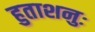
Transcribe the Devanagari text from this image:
हुताशनुः